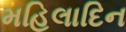
મહિલાદિન